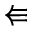
\Lleftarrow